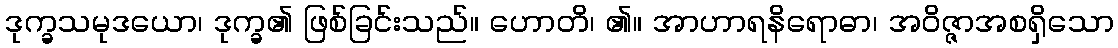
ဒုက္ခသမုဒယော၊ ဒုက္ခ၏ ဖြစ်ခြင်းသည်။ ဟောတိ၊ ၏။ အာဟာရနိရောဓာ၊ အဝိဇ္ဇာအစရှိသော